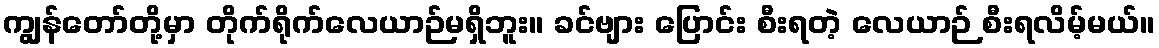
ကျွန်တော်တို့မှာ တိုက်ရိုက်လေယာဉ်မရှိဘူး။ ခင်ဗျား ပြောင်း စီးရတဲ့ လေယာဉ် စီးရလိမ့်မယ်။